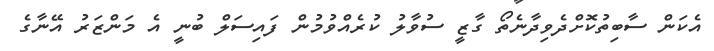
އެކަން ސާބިތުކޮށްދެވިދާނެތޯ ގާޒީ ސުވާލު ކުރެއްވުމުން ފައިސަލް ބުނީ އެ މަންޒަރު އޭނާގެ